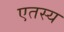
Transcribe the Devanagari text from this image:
एतस्य